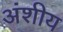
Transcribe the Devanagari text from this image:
अंशीय